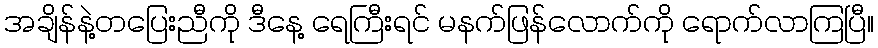
အချိန်နဲ့တပြေးညီကို ဒီနေ့ ရေကြီးရင် မနက်ဖြန်လောက်ကို ရောက်လာကြပြီ။